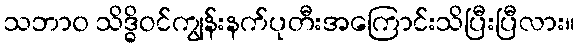
သဘာ၀ သိဒ္ဓိဝင်ကျွန်းနက်ပုတီးအကြောင်းသိပြီးပြီလား။